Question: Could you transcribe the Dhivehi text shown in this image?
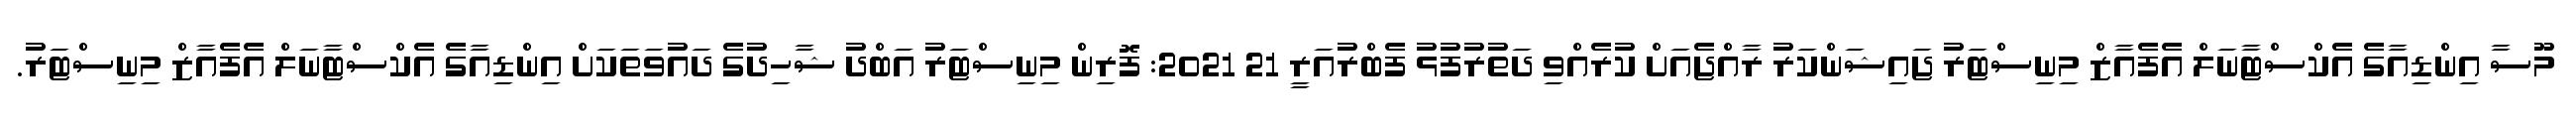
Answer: މޫސާ އިންޑިއާގެ އެކްސްޓާނަލް އެފެއާޒް މިނިސްޓަރު ޖައިޝަންކަރު ރާއްޖެއަށް ކުރެއްވި ދަތުރުފުޅު ފެބްރުއަރީ 21 2021: ފޮރިން މިނިސްޓަރު އަބްދު ޝާހިދުގެ ދައުވަތަކަށް އިންޑިއާގެ އެކްސްޓާނަލް އެފެއާޒް މިނިސްޓަރު.